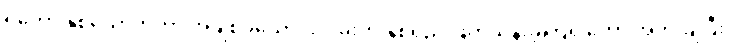
ရဲဘော် နှစ်ယောက်ဟာ အချစ်ခယောင်းလမ်းကို နှစ်ရှည် ဖြတ်သန်းခဲ့ကြရ တော့ အတိုးချပြီး